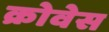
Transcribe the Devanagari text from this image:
क्रोवेस